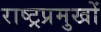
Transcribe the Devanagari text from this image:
राष्ट्रप्रमुखों